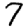
Digit: 7